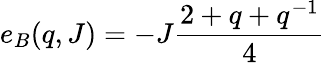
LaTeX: e_{B}(q,J)=-J\frac{2+q+q^{-1}}{4}